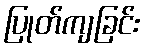
ပြုတ်ကျခြင်း